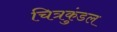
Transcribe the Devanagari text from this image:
चित्रकुंडल